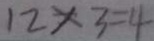
1 2 \times 3 = 4